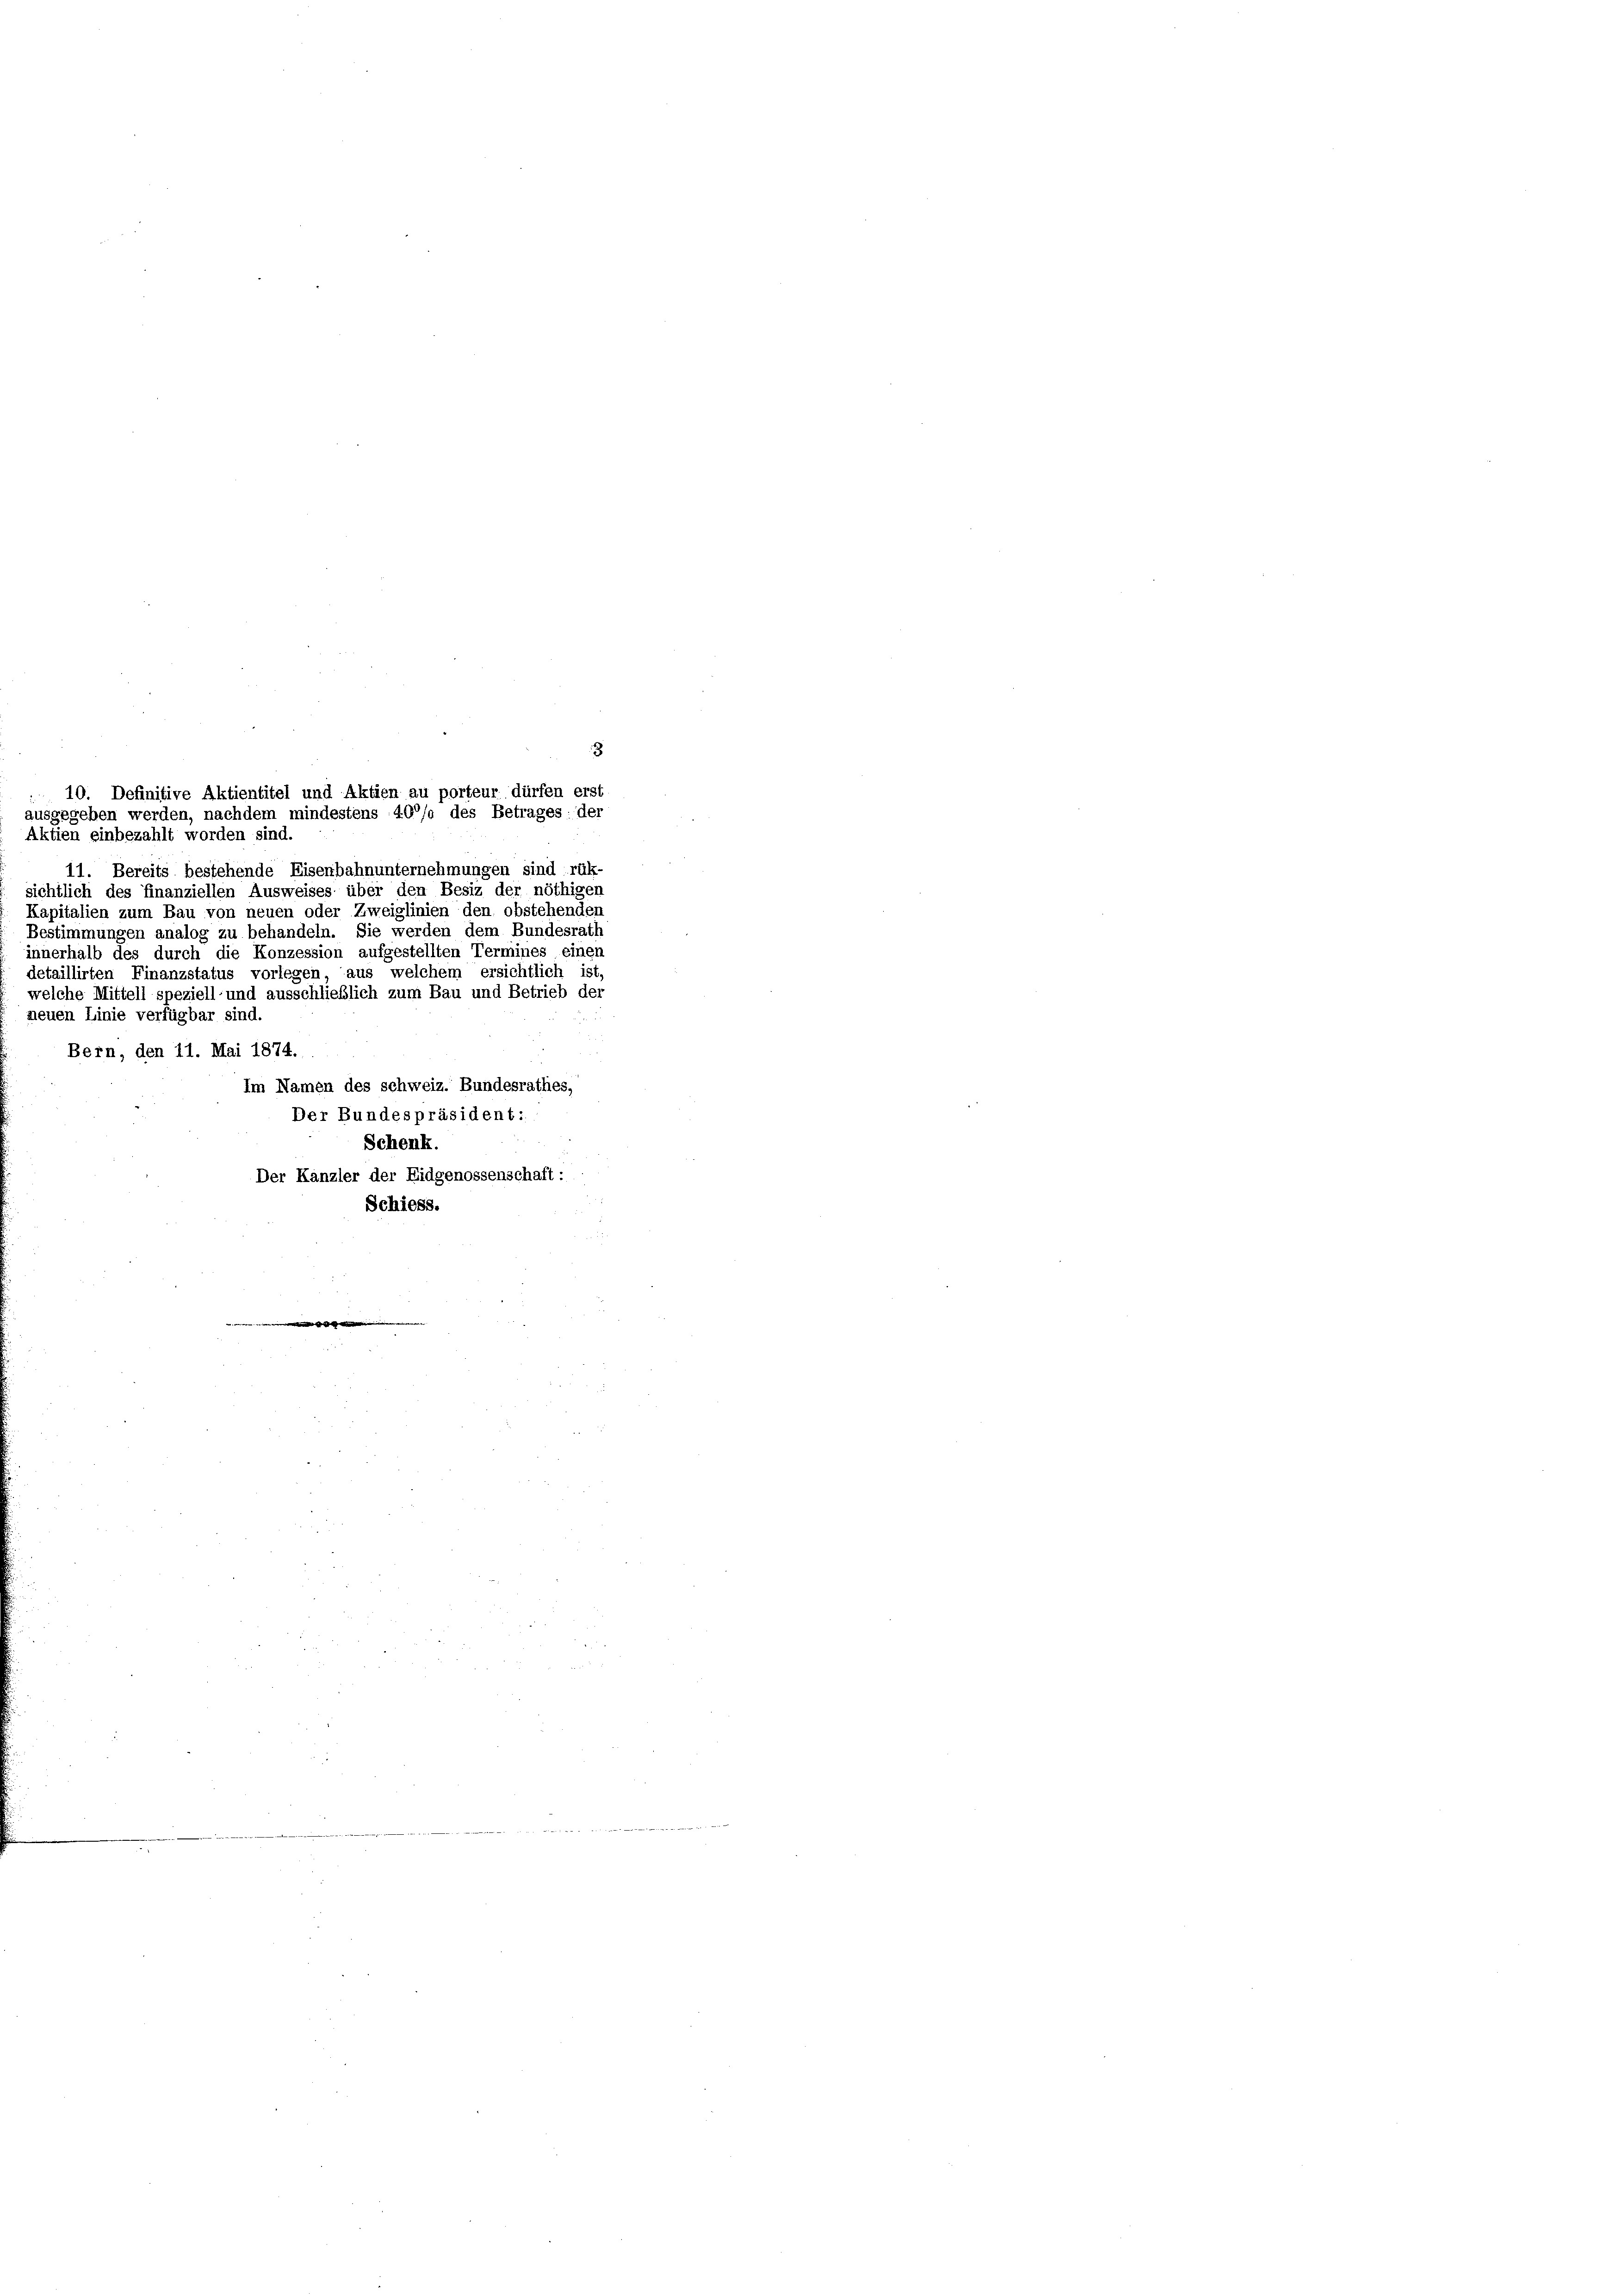
3
11. Bereits bestehende Eisenbahnunternehmungen sind rük-
sichtlich des finanziellen Ausweises über den Besiz der nöthigen
Kapitalien zum Bau von neuen oder Zweiglinien den obstehenden
Bestimmungen analog zu behandeln. Sie werden dem Bundesrath
innerhalb des durch die Konzession aufgestellten Termines einen
detaillirten Finanzstatus vorlegen, aus welchem ersichtlich ist,
welche Mittell speziell und ausschließlich zum Bau und Betrieb der
neuen Linie verfügbar sind.
Bern, den 11. Mai 1874.
Im Namen des schweiz. Bundesrathes,
Der Bundespräsident:
Schenk.
Der Kanzler der Eidgenossenschaft:
Schiess.

10. Definitive Aktientitel und Aktien au porteur dürfen erst
ausgegeben werden, nachdem mindestens 40% des Betrages: der
Aktien einbezahlt worden sind.